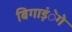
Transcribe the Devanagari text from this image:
बिगाड़ंेगे